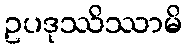
ဥပဒုဿိဿာမိ